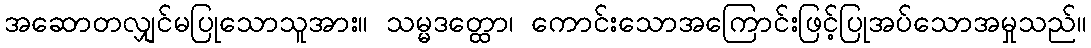
အဆောတလျှင်မပြုသောသူအား။ သမ္မဒတ္ထော၊ ကောင်းသောအကြောင်းဖြင့်ပြုအပ်သောအမှုသည်။